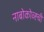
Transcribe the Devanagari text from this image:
नाबोकोव्ह्ची